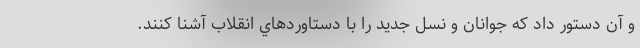
و آن دستور داد كه جوانان و نسل جديد را با دستاوردهاي انقلاب آشنا كنند.